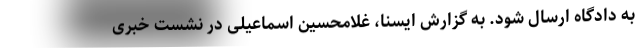
به دادگاه ارسال شود. به گزارش ایسنا، غلامحسین اسماعیلی در نشست خبری